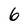
Character: 6